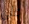
على